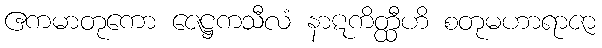
ဧကမာတုကော ဇေဋ္ဌကသီလံ နာဋကိတ္ထီဟိ စတုမဟာရာဇာ